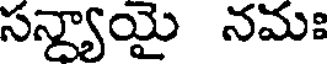
సన్యాయై నమః